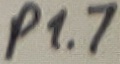
Text: P1.7